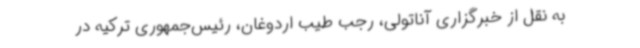
به نقل از خبرگزاری آناتولی، رجب طیب اردوغان، رئیس‌جمهوری ترکیه در